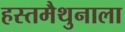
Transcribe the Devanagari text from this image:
हस्तमैथुनाला